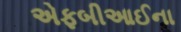
એફબીઆઈના